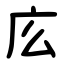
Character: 庅